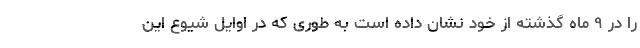
را در ۹ ماه گذشته از خود نشان داده است به طوری که در اوایل شیوع این